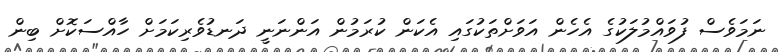
ނަމަވެސް ފުވައްމުލަކުގެ އެހެން އަވަށްތަކުގައި އެކަން ކުރަމުން އަންނަނީ ދަނޑުވެރިކަމަށް ހާއްސަކޮށް ބިން